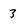
Character: 3